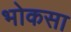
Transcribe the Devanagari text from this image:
भोकसा